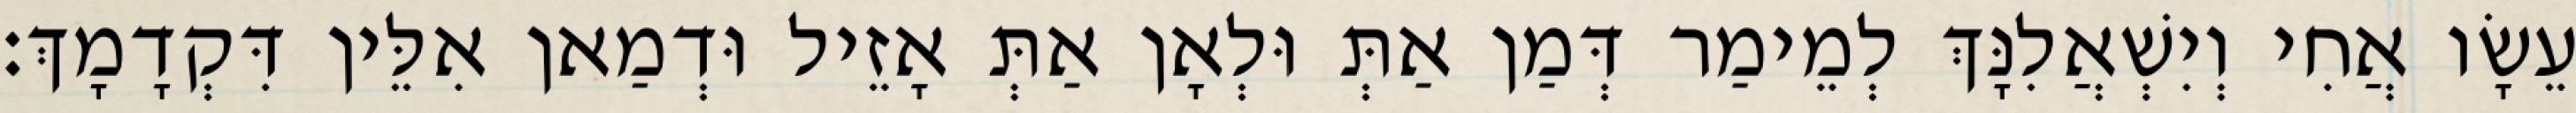
עֵשָׂו אֲחִי וְיִשְׁאֲלִנָּךְ לְמֵימַר דְּמַן אַתְּ וּלְאָן אַתְּ אָזֵיל וּדְמַאן אִלֵּין דִּקְדָמָךְ׃